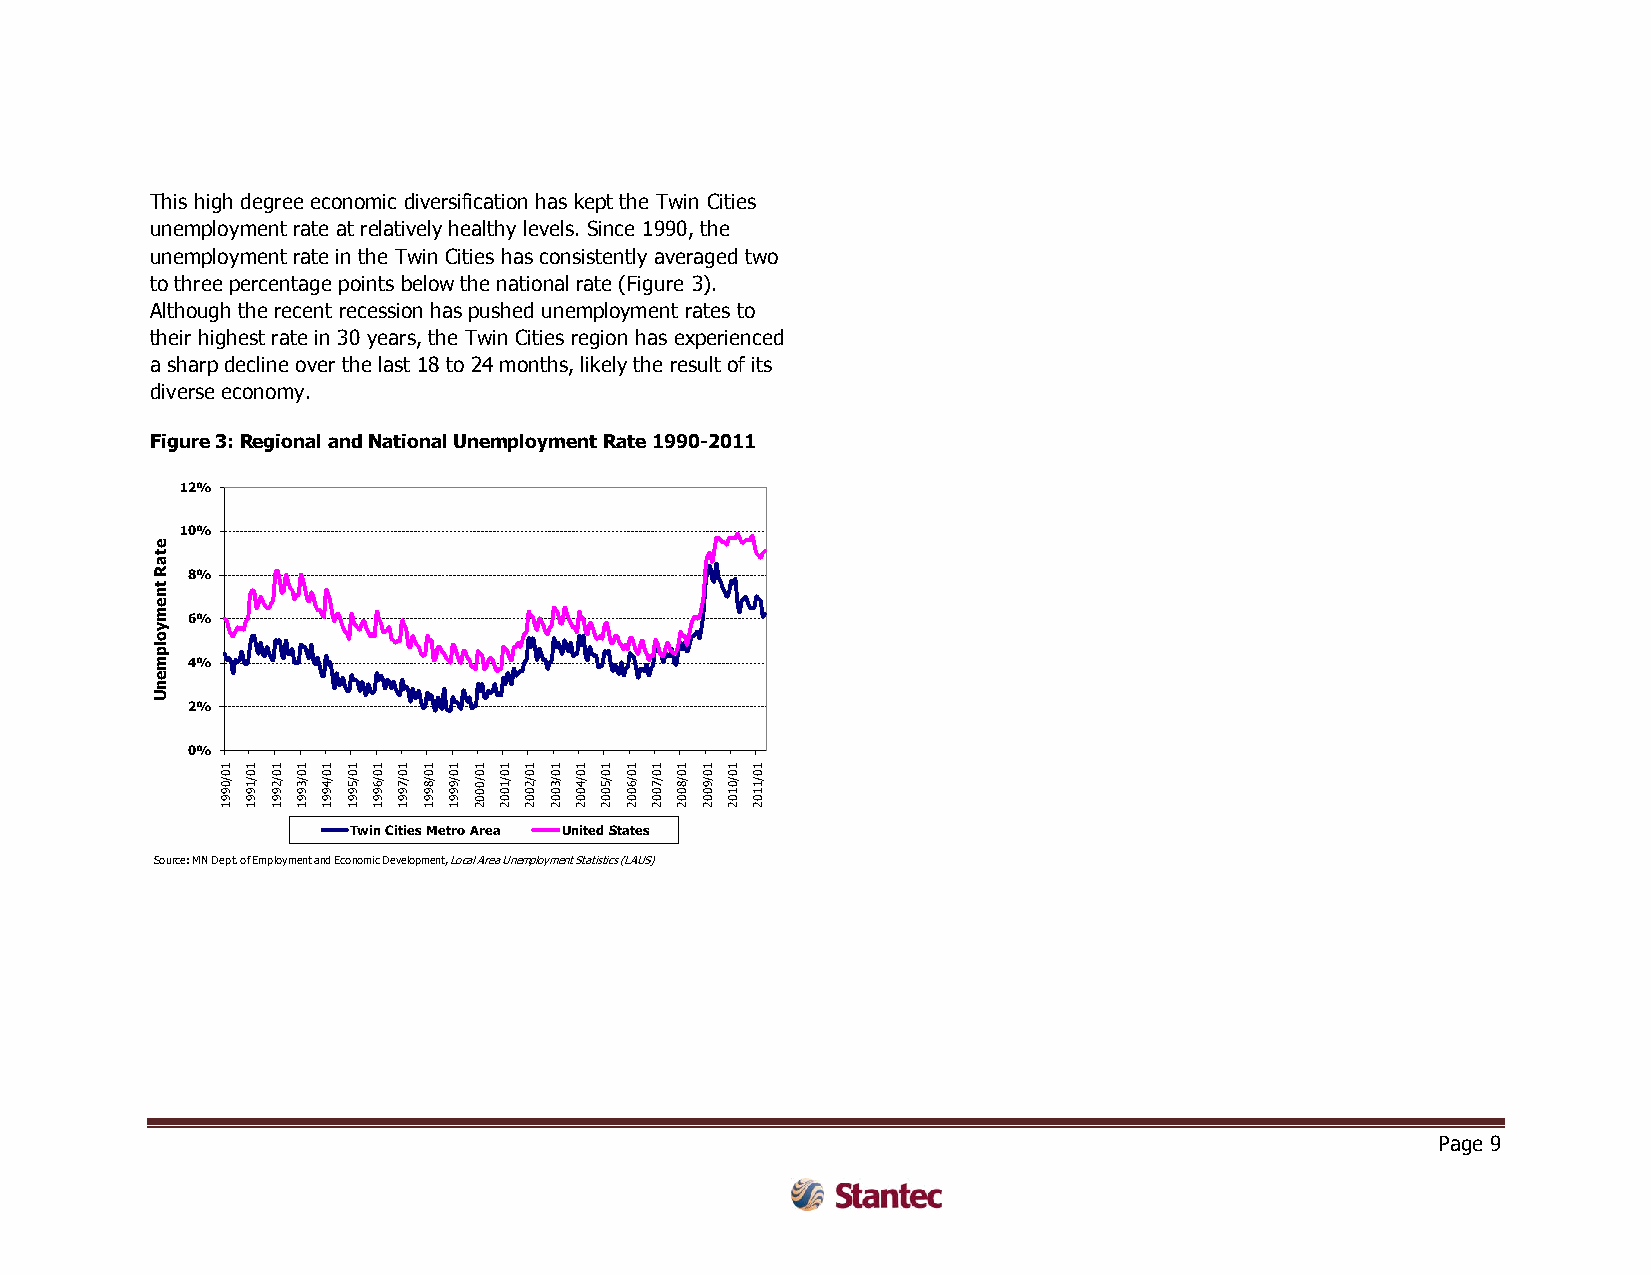
This high degree economic diversification has kept the Twin Cities
 unemployment rate at relatively healthy levels. Since 1990, the
 unemployment rate in the Twin Cities has consistently averaged two
 to three percentage points below the national rate (Figure 3).
 Although the recent recession has pushed unemployment rates to
 their highest rate in 30 years, the Twin Cities region has experienced
 a sharp decline over the last 18 to 24 months, likely the result of its
 diverse economy.
 Figure 3: Regional and National Unemployment Rate 1990-2011
 12%
 10%
 e
 t
 a
 R
 t
 8%
 n
 e
 m
 6%
 y
 o
 lp
 m 4%
 e
 n
 U
 2%
 0%
 1 1 1 1 1 1 1 1 1 1 1 1 1 1 1 1 1 1 1 1 1 1
 0 0 0 0 0 0 0 0 0 0 0 0 0 0 0 0 0 0 0 0 0 0
 0/ 1/ 2/ 3/ 4/ 5/ 6/ 7/ 8/ 9/ /0 1/ 2/ 3/ 4/ 5/ 6/ 7/ 8/ 9/ 0/ 1/
 9 9 9 9 9 9 9 9 9 9 0 0 0 0 0 0 0 0 0 0 1 1
 9 9 9 9 9 9 9 9 9 9 0 0 0 0 0 0 0 0 0 0 0 0
 1 1 1 1 1 1 1 1 1 1 2 2 2 2 2 2 2 2 2 2 2 2
 Twin Cities Metro Area United States
 Source: MN Dept. of Employment and Economic Development,Local Area Unemployment Statistics (LAUS)
 Page 9